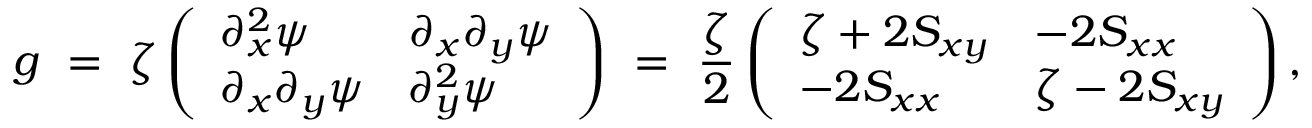
g \ = \ \zeta \left( \begin{array} { l l } { \partial _ { x } ^ { 2 } \psi } & { \partial _ { x } \partial _ { y } \psi } \\ { \partial _ { x } \partial _ { y } \psi } & { \partial _ { y } ^ { 2 } \psi } \end{array} \right) \ = \ \frac \zeta 2 \left( \begin{array} { l l } { \zeta + 2 S _ { x y } } & { - 2 S _ { x x } } \\ { - 2 S _ { x x } } & { \zeta - 2 S _ { x y } } \end{array} \right) ,